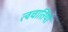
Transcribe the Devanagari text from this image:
त्वचार्तियों